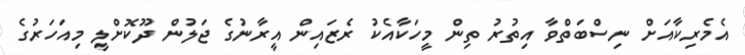
އެމެރިކާއަށް ނިސްބަތްވާ އިތުރު ތިން މީހަކާއެކު ރެޒައިން އީރާނުގެ ޖަލުން ދޫކޮށްލީ މިއަހަރުގެ